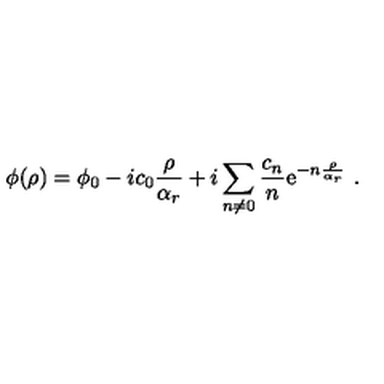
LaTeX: \phi ( \rho ) = \phi _ { 0 } - i c _ { 0 } { \frac { \rho } { \alpha _ { r } } } + i \sum _ { n \neq 0 } \frac { c _ { n } } { n } \mathrm { e } ^ { - n { \frac { \rho } { \alpha _ { r } } } } \ .